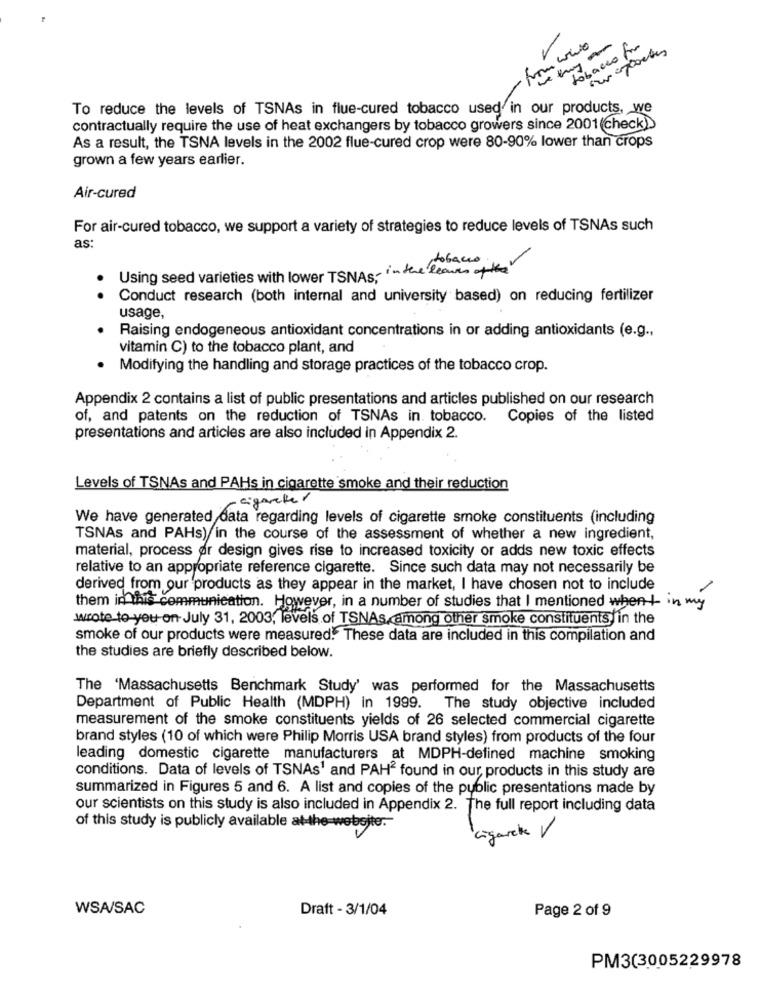
tobacco for
from wie
To reduce the levels of TSNAs in flue-cured tobacco used in our products, we
contractually require the use of heat exchangers by tobacco growers since 2001 (check)
As a result, the TSNA levels in the 2002 flue-cured crop were 80-90% lower than crops
grown a few years earlier.
Air-cured
For air-cured tobacco, we support a variety of strategies to reduce levels of TSNAs such
as:
Using seed varieties with lower TSNAS in the leaves of the
Conduct research (both internal and university based) on reducing fertilizer
usage,
Raising endogeneous antioxidant concentrations in or adding antioxidants (e.g .,
vitamin C) to the tobacco plant, and
Modifying the handling and storage practices of the tobacco crop.
Appendix 2 contains a list of public presentations and articles published on our research
of, and patents on the reduction of TSNAs in. tobacco.
Copies of the listed
presentations and articles are also included in Appendix 2.
Levels of TSNAs and PAHs in cigarette smoke and their reduction
cigaretter
We have generated data regarding levels of cigarette smoke constituents (including
TSNAs and PAHs) in the course of the assessment of whether a new ingredient,
material, process or design gives rise to increased toxicity or adds new toxic effects
relative to an appropriate reference cigarette. Since such data may not necessarily be
derived from our products as they appear in the market, I have chosen not to include
-
them in this communication. However, in a number of studies that I mentioned when in my
wrote to-you-on July 31, 2003, levels of TSNAs among other smoke constituents in the
smoke of our products were measured. These data are included in this compilation and
the studies are briefly described below.
The 'Massachusetts Benchmark Study' was performed for the Massachusetts
Department of Public Health (MDPH) in 1999. The study objective included
measurement of the smoke constituents yields of 26 selected commercial cigarette
brand styles (10 of which were Philip Morris USA brand styles) from products of the four
leading domestic cigarette manufacturers at MDPH-defined machine smoking
conditions. Data of levels of TSNAs1 and PAH2 found in our products in this study are
summarized in Figures 5 and 6. A list and copies of the public presentations made by
our scientists on this study is also included in Appendix 2. The full report including data
of this study is publicly available at the website.
Ligarche V
WSA/SAC
Draft - 3/1/04
Page 2 of 9
PM3(3005229978